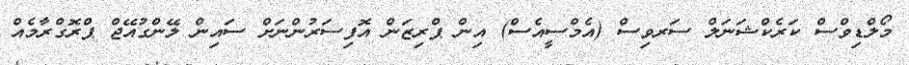
މޯލްޑިވްސް ކަރެކްޝަނަލް ސަރވިސް (އެމްސީއެސް) އިން ޕްރިޒަން އޮފިސަރުންނަށް ސައިން ލޭންގުއޭޖް ޕްރޮގްރާމެއް